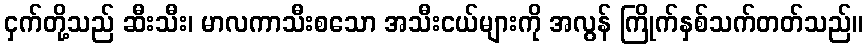
ငှက်တို့သည် ဆီးသီး၊ မာလကာသီးစသော အသီးငယ်များကို အလွန် ကြိုက်နှစ်သက်တတ်သည်။